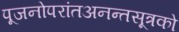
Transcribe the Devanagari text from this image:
पूजनोपरांतअनन्तसूत्रको